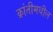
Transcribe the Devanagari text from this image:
क्रांतीमधील